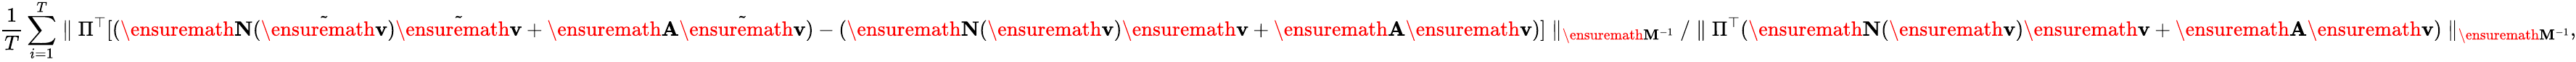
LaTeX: \frac{1}{T}\sum_{i=1}^{T}\parallel\Pi^{\top}[(\ensuremath{\mathbf{N}}(\tilde{\ensuremath{\mathbf{v}}})\tilde{\ensuremath{\mathbf{v}}}+\ensuremath{\mathbf{A}}\tilde{\ensuremath{\mathbf{v}}})-(\ensuremath{\mathbf{N}}(\ensuremath{\mathbf{v}})\ensuremath{\mathbf{v}}+\ensuremath{\mathbf{A}}\ensuremath{\mathbf{v}})]\parallel_{\ensuremath{\mathbf{M}}^{-1}}/\parallel\Pi^{\top}(\ensuremath{\mathbf{N}}(\ensuremath{\mathbf{v}})\ensuremath{\mathbf{v}}+\ensuremath{\mathbf{A}}\ensuremath{\mathbf{v}})\parallel_{\ensuremath{\mathbf{M}}^{-1}},